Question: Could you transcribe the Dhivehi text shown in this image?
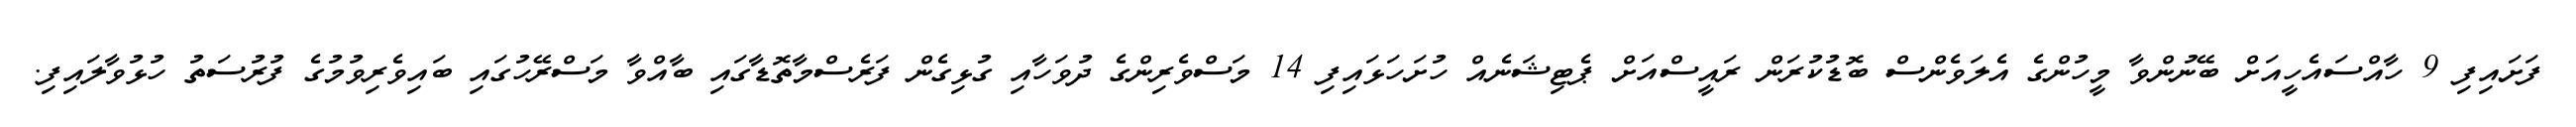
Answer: ފަށައިފި 9 ހާއްސައެހީއަށް ބޭނުންވާ މީހުންގެ އެލަވެންސް ބޮޑުކުރަން ރައީސްއަށް ޕެޓިޝަނެއް ހުށަހަޅައިފި 14 މަސްވެރިންގެ ދުވަހާއި ގުޅިގެން ފަރެސްމާތޮޑާގައި ބާއްވާ މަސްރޭހުގައި ބައިވެރިވުމުގެ ފުރުސަތު ހުޅުވާލައިފި.